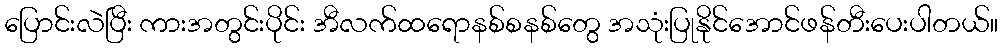
ပြောင်းလဲပြီး ကားအတွင်းပိုင်း အီလက်ထရောနစ်စနစ်တွေ အသုံးပြုနိုင်အောင်ဖန်တီးပေးပါတယ်။